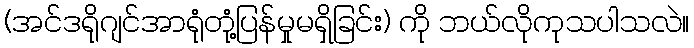
(အင်ဒရိုဂျင်အာရုံတုံ့ပြန်မှုမရှိခြင်း) ကို ဘယ်လိုကုသပါသလဲ။